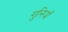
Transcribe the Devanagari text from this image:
गुनियाँ